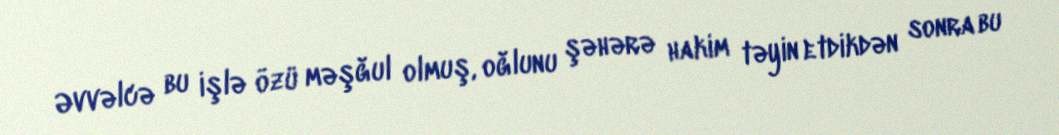
Əvvəlcə bu işlə özü məşğul olmuş, oğlunu şəhərə hakim təyin etdikdən sonra bu